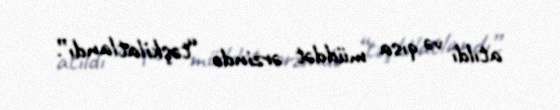
atıldı və qısa müddət ərzində “təşkilatlandı”.